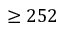
\ge 2 5 2